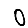
Digit: 0